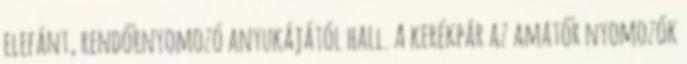
elefánt, rendőrnyomozó anyukájától hall. A kerékpár az amatőr nyomozók